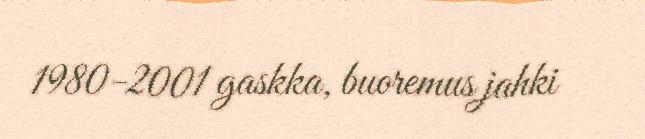
1980-2001 gaskka, buoremus jahki